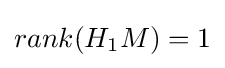
rank(H_{1}M)=1